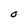
Character: O